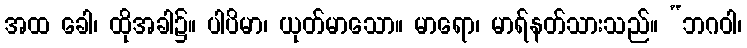
အထ ခေါ၊ ထိုအခါ၌။ ပါပိမာ၊ ယုတ်မာသော။ မာရော၊ မာရ်နတ်သားသည်။ “ဘဂဝါ၊